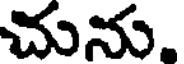
చును.